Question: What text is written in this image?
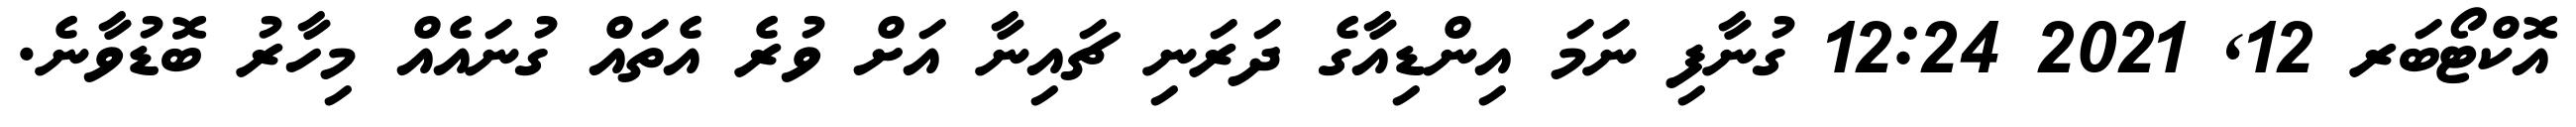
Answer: އޮކްޓޯބަރ 12, 2021 12:24 ގުނާފި ނަމަ އިންޑިއާގެ ދަރަނި ޗައިނާ އަށް ވުރެ އެތައް ގުނައެއް މިހާރު ބޮޑުވާނެ.